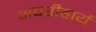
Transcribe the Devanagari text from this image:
अपरीहार्य